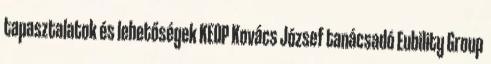
tapasztalatok és lehetőségek KEOP Kovács József tanácsadó Eubility Group